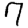
Digit: 7